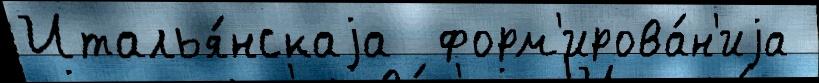
Италья́нскаjа  форм'ирова́н'иjа